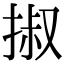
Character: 掓